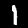
Digit: 1